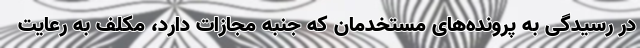
در رسیدگی به پرونده‌های مستخدمان که جنبه مجازات دارد، مکلف به رعایت